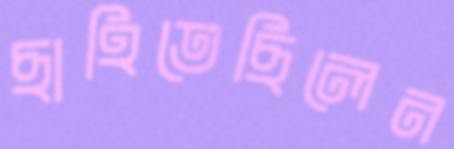
ছাহিতেছিলেন